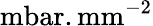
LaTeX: \mathrm{mbar.mm}^{-2}